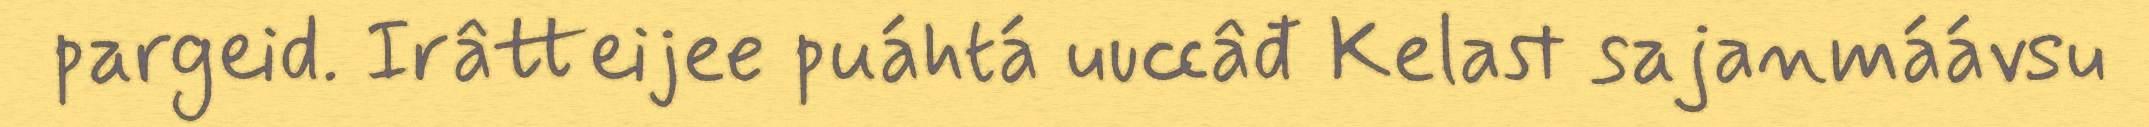
pargeid. Irâtteijee puáhtá uuccâđ Kelast sajanmáávsu